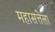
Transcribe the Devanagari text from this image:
महासत्तेला